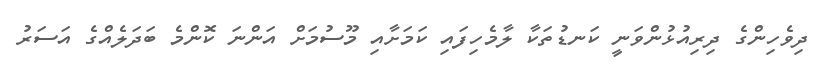
ދިވެހިންގެ ދިރިއުޅުންވަނީ ކަނޑުތަކާ ލާމެހިފައި ކަމަށާއި މޫސުމަށް އަންނަ ކޮންމެ ބަދަލެއްގެ އަސަރު